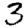
Digit: 3